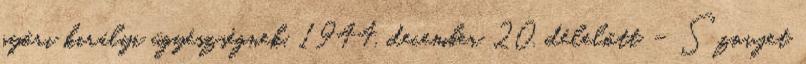
győri királyi ügyészségnek. 1944. december 20. délelőtt – Szovjet